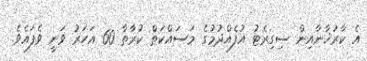
އެ ކާރުޚާނާއިން ސިގިރެޓު އުފެއްދުމުގެ މަސައްކަތް ކުރާތާ 60 އަހަރު ވަނީ ވެފައެވެ.